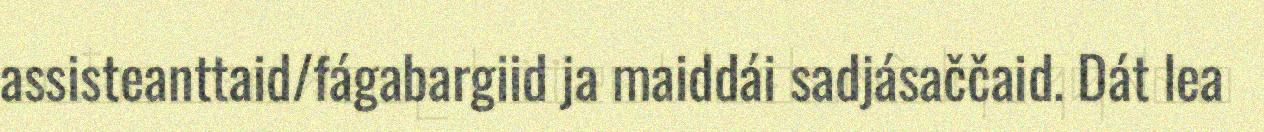
assisteanttaid/fágabargiid ja maiddái sadjásaččaid. Dát lea